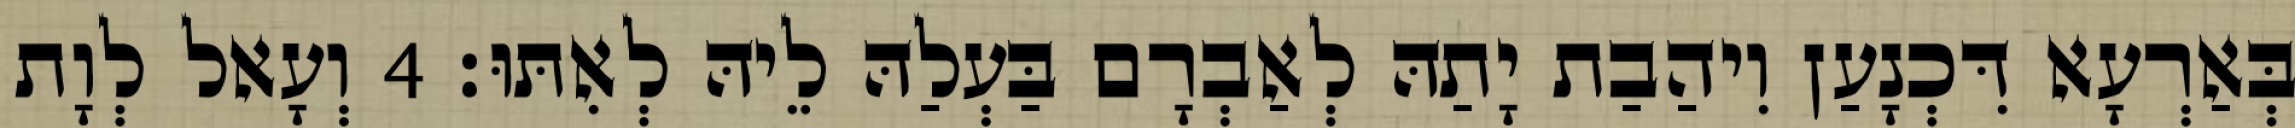
בְּאַרְעָא דִּכְנָעַן וִיהַבַת יָתַהּ לְאַבְרָם בַּעְלַהּ לֵיהּ לְאִתּוּ׃ 4 וְעָאל לְוָת